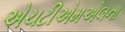
એચટીએમએલના